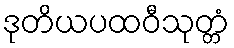
ဒုတိယပထဝီသုတ္တံ